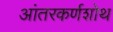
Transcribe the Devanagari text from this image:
आंतरकर्णशोथ